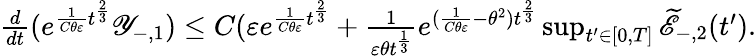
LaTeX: \begin{array}{r}{\frac{d}{dt}(e^{\frac{1}{C\theta\varepsilon}t^{\frac{2}{3}}}\mathscr Y_{-,1})\leq C(\varepsilon e^{\frac{1}{C\theta\varepsilon}t^{\frac{2}{3}}}+\frac{1}{\varepsilon\theta t^{\frac{1}{3}}}e^{(\frac{1}{C\theta\varepsilon}-\theta^{2})t^{\frac{2}{3}}}\operatorname*{sup}_{t^{\prime}\in[0,T]}{\widetilde{\mathscr E}_{-,2}(t^{\prime})}.}\end{array}